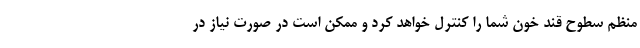
منظم سطوح قند خون شما را کنترل خواهد کرد و ممکن است در صورت نیاز در